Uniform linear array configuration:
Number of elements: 4
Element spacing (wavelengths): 0.75
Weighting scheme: binomial
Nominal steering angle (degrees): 45
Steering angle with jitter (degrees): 43.532
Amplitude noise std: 0.05
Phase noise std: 0.05

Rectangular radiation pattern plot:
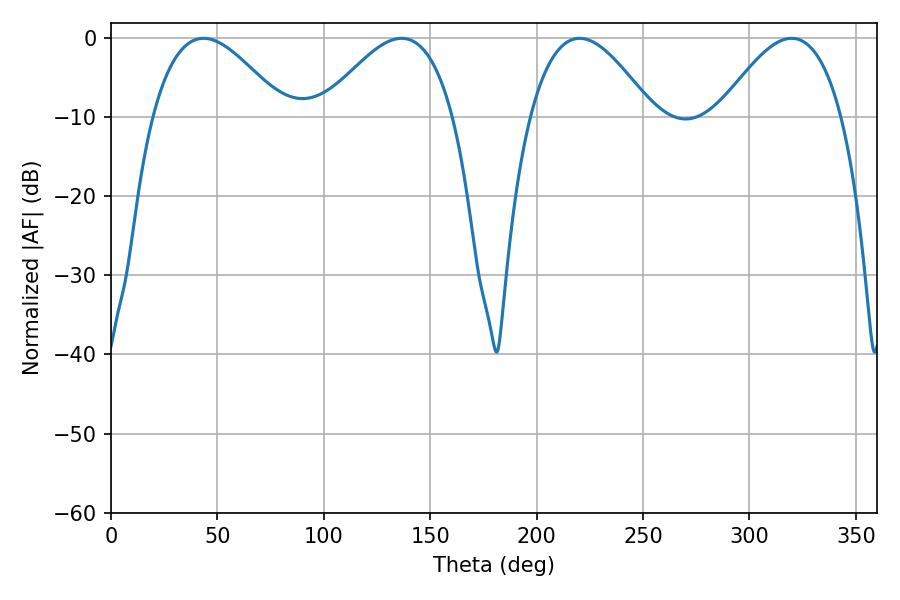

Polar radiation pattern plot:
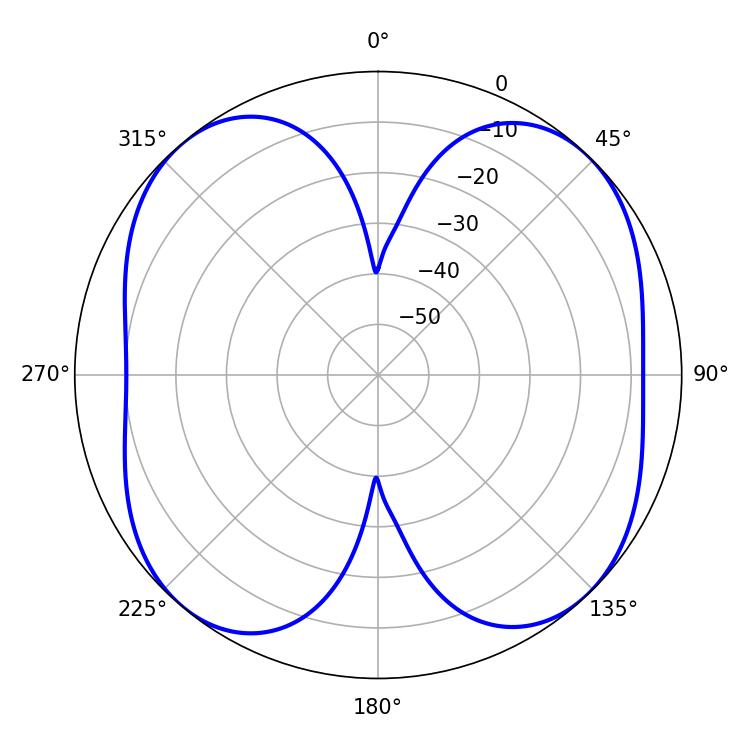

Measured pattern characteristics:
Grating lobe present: TRUE
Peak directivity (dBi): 12.34
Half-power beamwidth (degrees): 31.32
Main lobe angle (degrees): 220.14